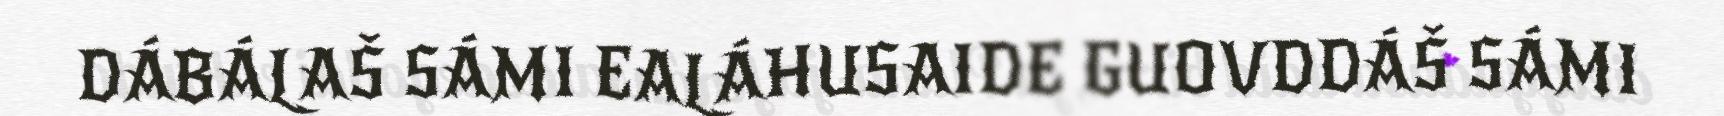
DÁBÁLAŠ SÁMI EALÁHUSAIDE GUOVDDÁŠ SÁMI